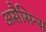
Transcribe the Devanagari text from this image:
असैसिन्स